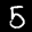
Label: 5